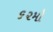
૬૨મો